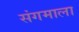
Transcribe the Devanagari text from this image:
संगमाला